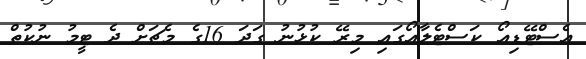
އެސްޓޭޑިއޯ ކަސްޓެލާއޯގައި މިރޭ ކުޅުނު ގަދަ 16ގެ މެޗަށް ދެ ޓީމު ނުކުތް